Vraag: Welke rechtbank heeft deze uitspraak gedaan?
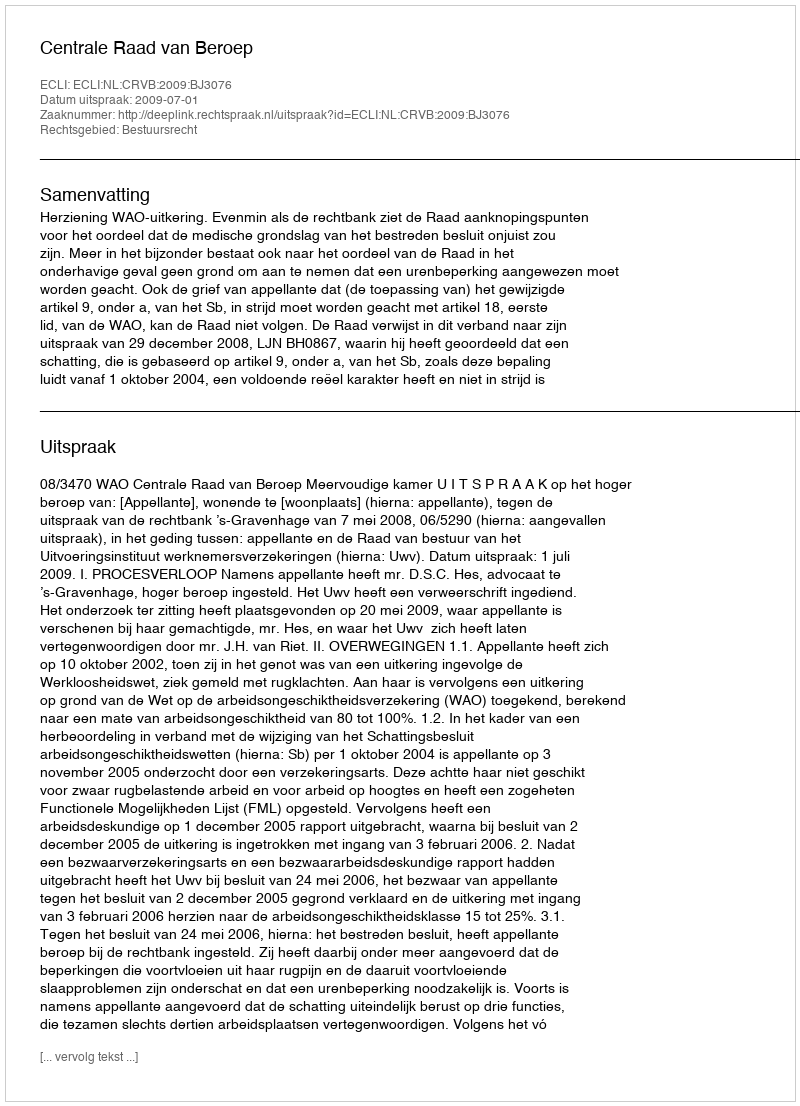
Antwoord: Centrale Raad van Beroep